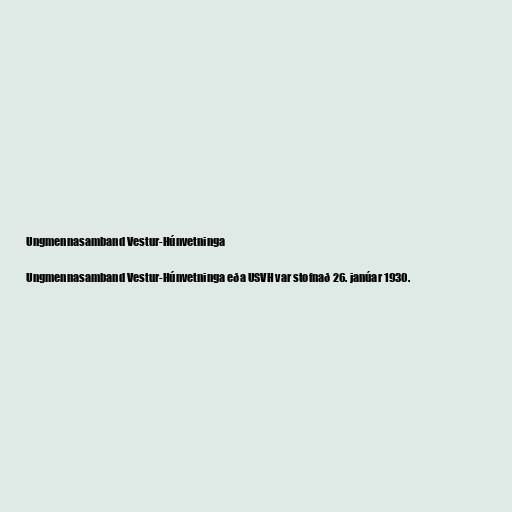
Ungmennasamband Vestur-Húnvetninga

Ungmennasamband Vestur-Húnvetninga eða USVH var stofnað 26. janúar 1930.